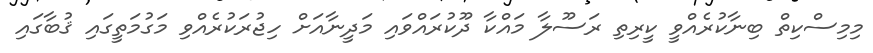
މިމިސްކިތް ބިނާކުރެއްވީ ކީރިތި ރަސޫލާ މައްކާ ދޫކުރައްވައި މަދީނާއަށް ހިޖުރަކުރެއްވި މަގުމަތީގައި ޤުބާގައި